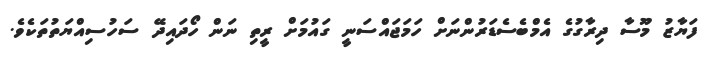
ފަޔާޒު މޫސާ ދިރާގުގެ އެމްބެސެޑަރުންނަށް ހަމަޖައްސަނީ ގައުމަށް ރީތި ނަން ހޯދައިދޭ ސަހުސިއްޔަތުތަކެވެ.